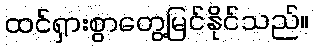
ထင်ရှားစွာတွေ့မြင်နိုင်သည်။